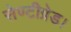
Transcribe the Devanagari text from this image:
सेण्टीग्रेड।